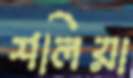
শলিয়া